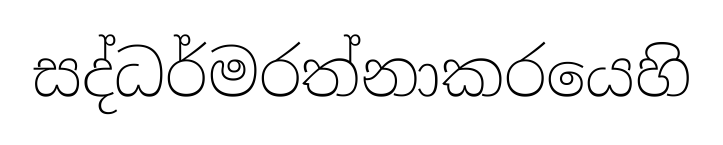
සද්ධර්මරත්නාකරයෙහි